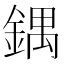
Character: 鍝